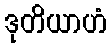
ဒုတိယာဟံ